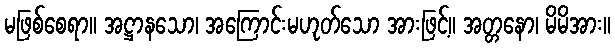
မဖြစ်စေရာ။ အဋ္ဌာနသော၊ အကြောင်းမဟုတ်သော အားဖြင့်။ အတ္တနော၊ မိမိအား။